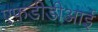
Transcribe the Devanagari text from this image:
एफडीडीआई